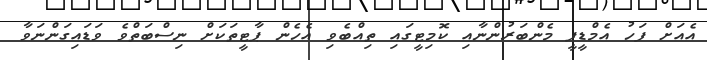
އެއަށް ފަހު އެމްޑީޕީ މެންބަރުންނާއި ކޮމިޓީގައި ތިއްބެވި އެހެން ޕާޓީތަކަށް ނިސްބަތްވެ ވަޑައިގަންނަވާ